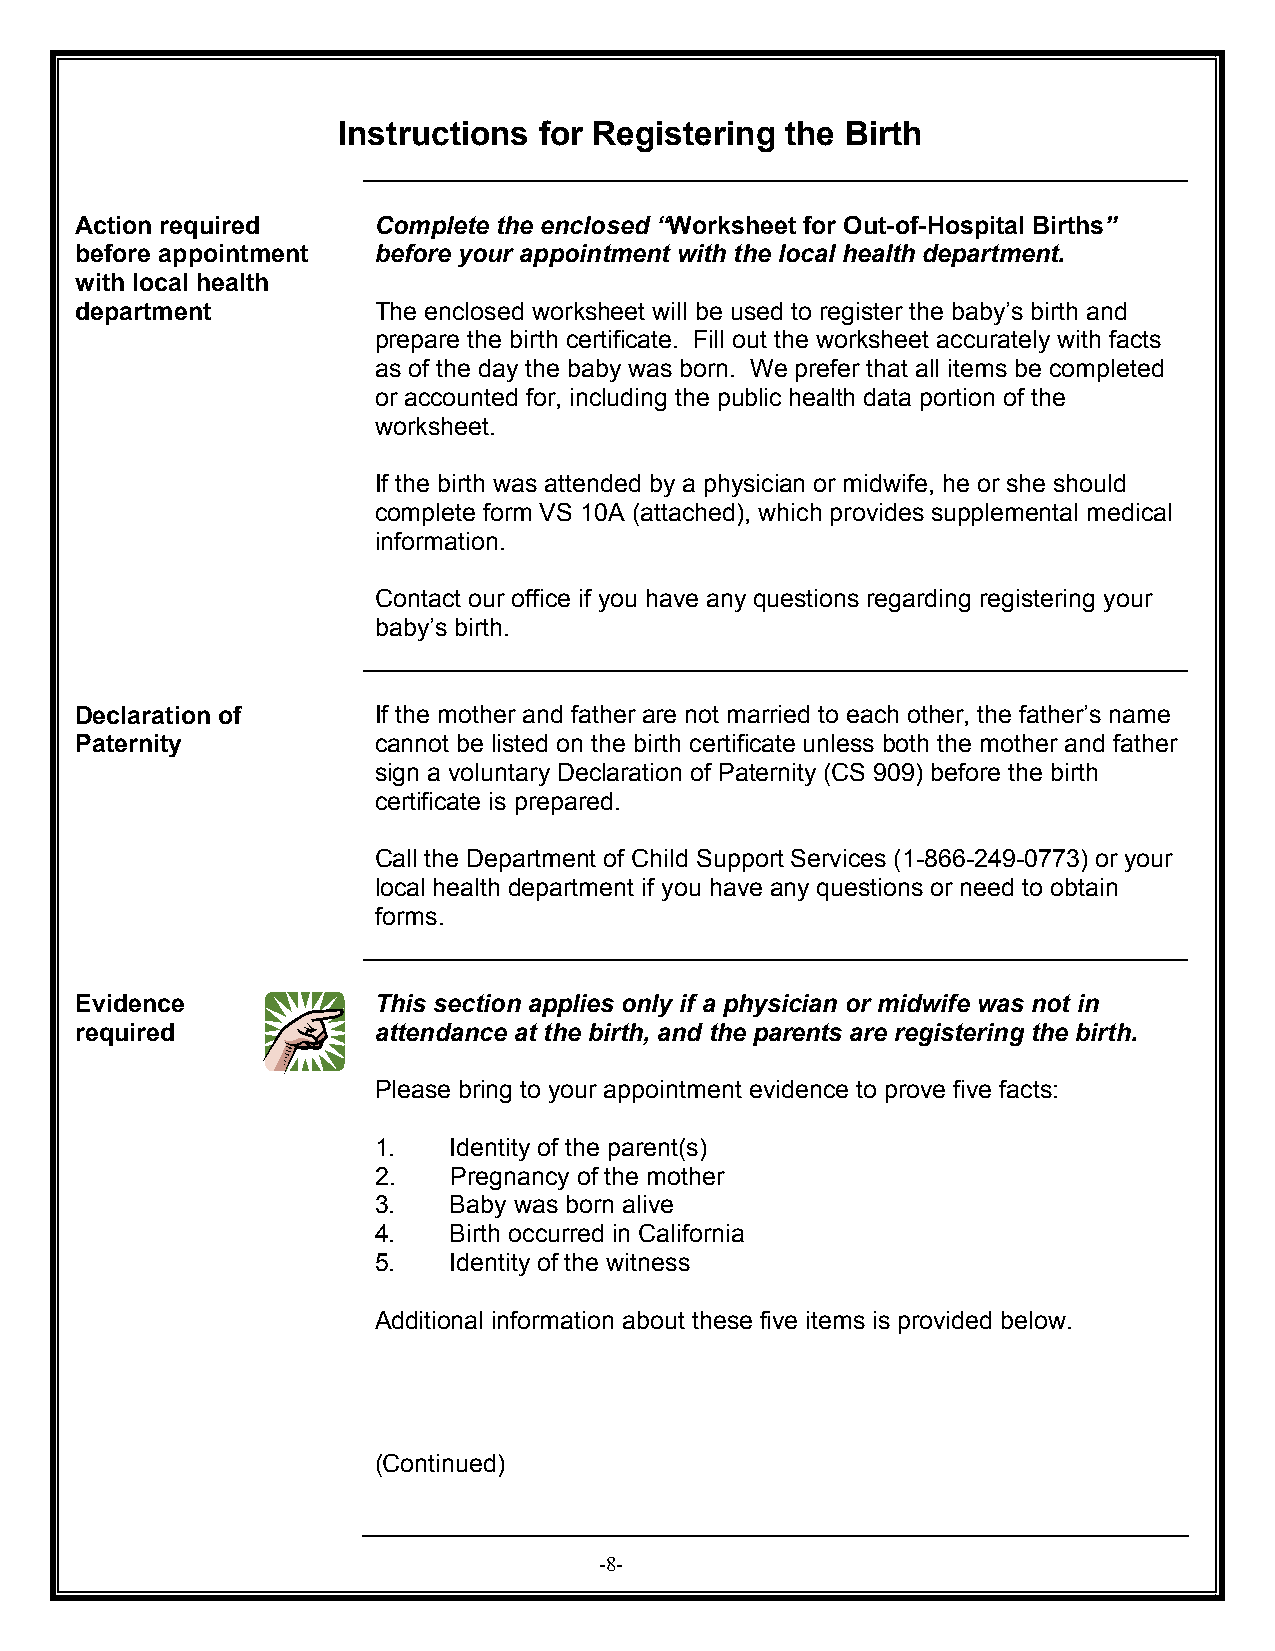
Instructions  for Registering the Birth
 Action required     Complete the enclosed “Worksheet for Out-of-Hospital Births”
 before appointment  before your appointment with the local health department.
 with local health
 department          The enclosed worksheet will be used to register the baby’s birth and
 prepare the birth certificate. Fill out the worksheet accurately with facts
 as of the day the baby was born. We prefer that all items be completed
 or accounted for, including the public health data portion of the
 worksheet.
 If the birth was attended by a physician or midwife, he or she should
 complete form VS 10A (attached), which provides supplemental medical
 information.
 Contact our office if you have any questions regarding registering your
 baby’s birth.
 Declaration of      If the mother and father are not married to each other, the father’s name
 Paternity           cannot be listed on the birth certificate unless both the mother and father
 sign a voluntary Declaration of Paternity (CS 909) before the birth
 certificate is prepared.
 Call the Department of Child Support Services (1-866-249-0773) or your
 local health department if you have any questions or need to obtain
 forms.
 Evidence            This section applies only if a physician or midwife was not in
 required            attendance at the birth, and the parents are registering the birth.
 Please bring to your appointment evidence to prove five facts:
 1.   Identity of the parent(s)
 2.   Pregnancy of the mother
 3.   Baby was born alive
 4.   Birth occurred in California
 5.   Identity of the witness
 Additional information about these five items is provided below.
 (Continued)
 -8-